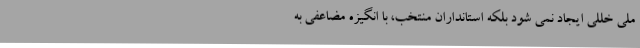
ملی خللی ایجاد نمی شود بلکه استانداران منتخب، با انگیزه مضاعفی به